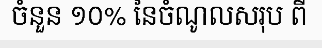
ចំនួន ១០% នៃចំណូលសរុប ពី